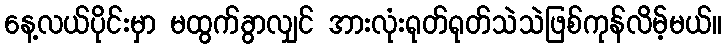
နေ့လယ်ပိုင်းမှာ မထွက်ခွာလျှင် အားလုံးရုတ်ရုတ်သဲသဲဖြစ်ကုန်လိမ့်မယ်။